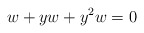
\begin{align*}w+yw+y^ 2w=0 \end{align*}